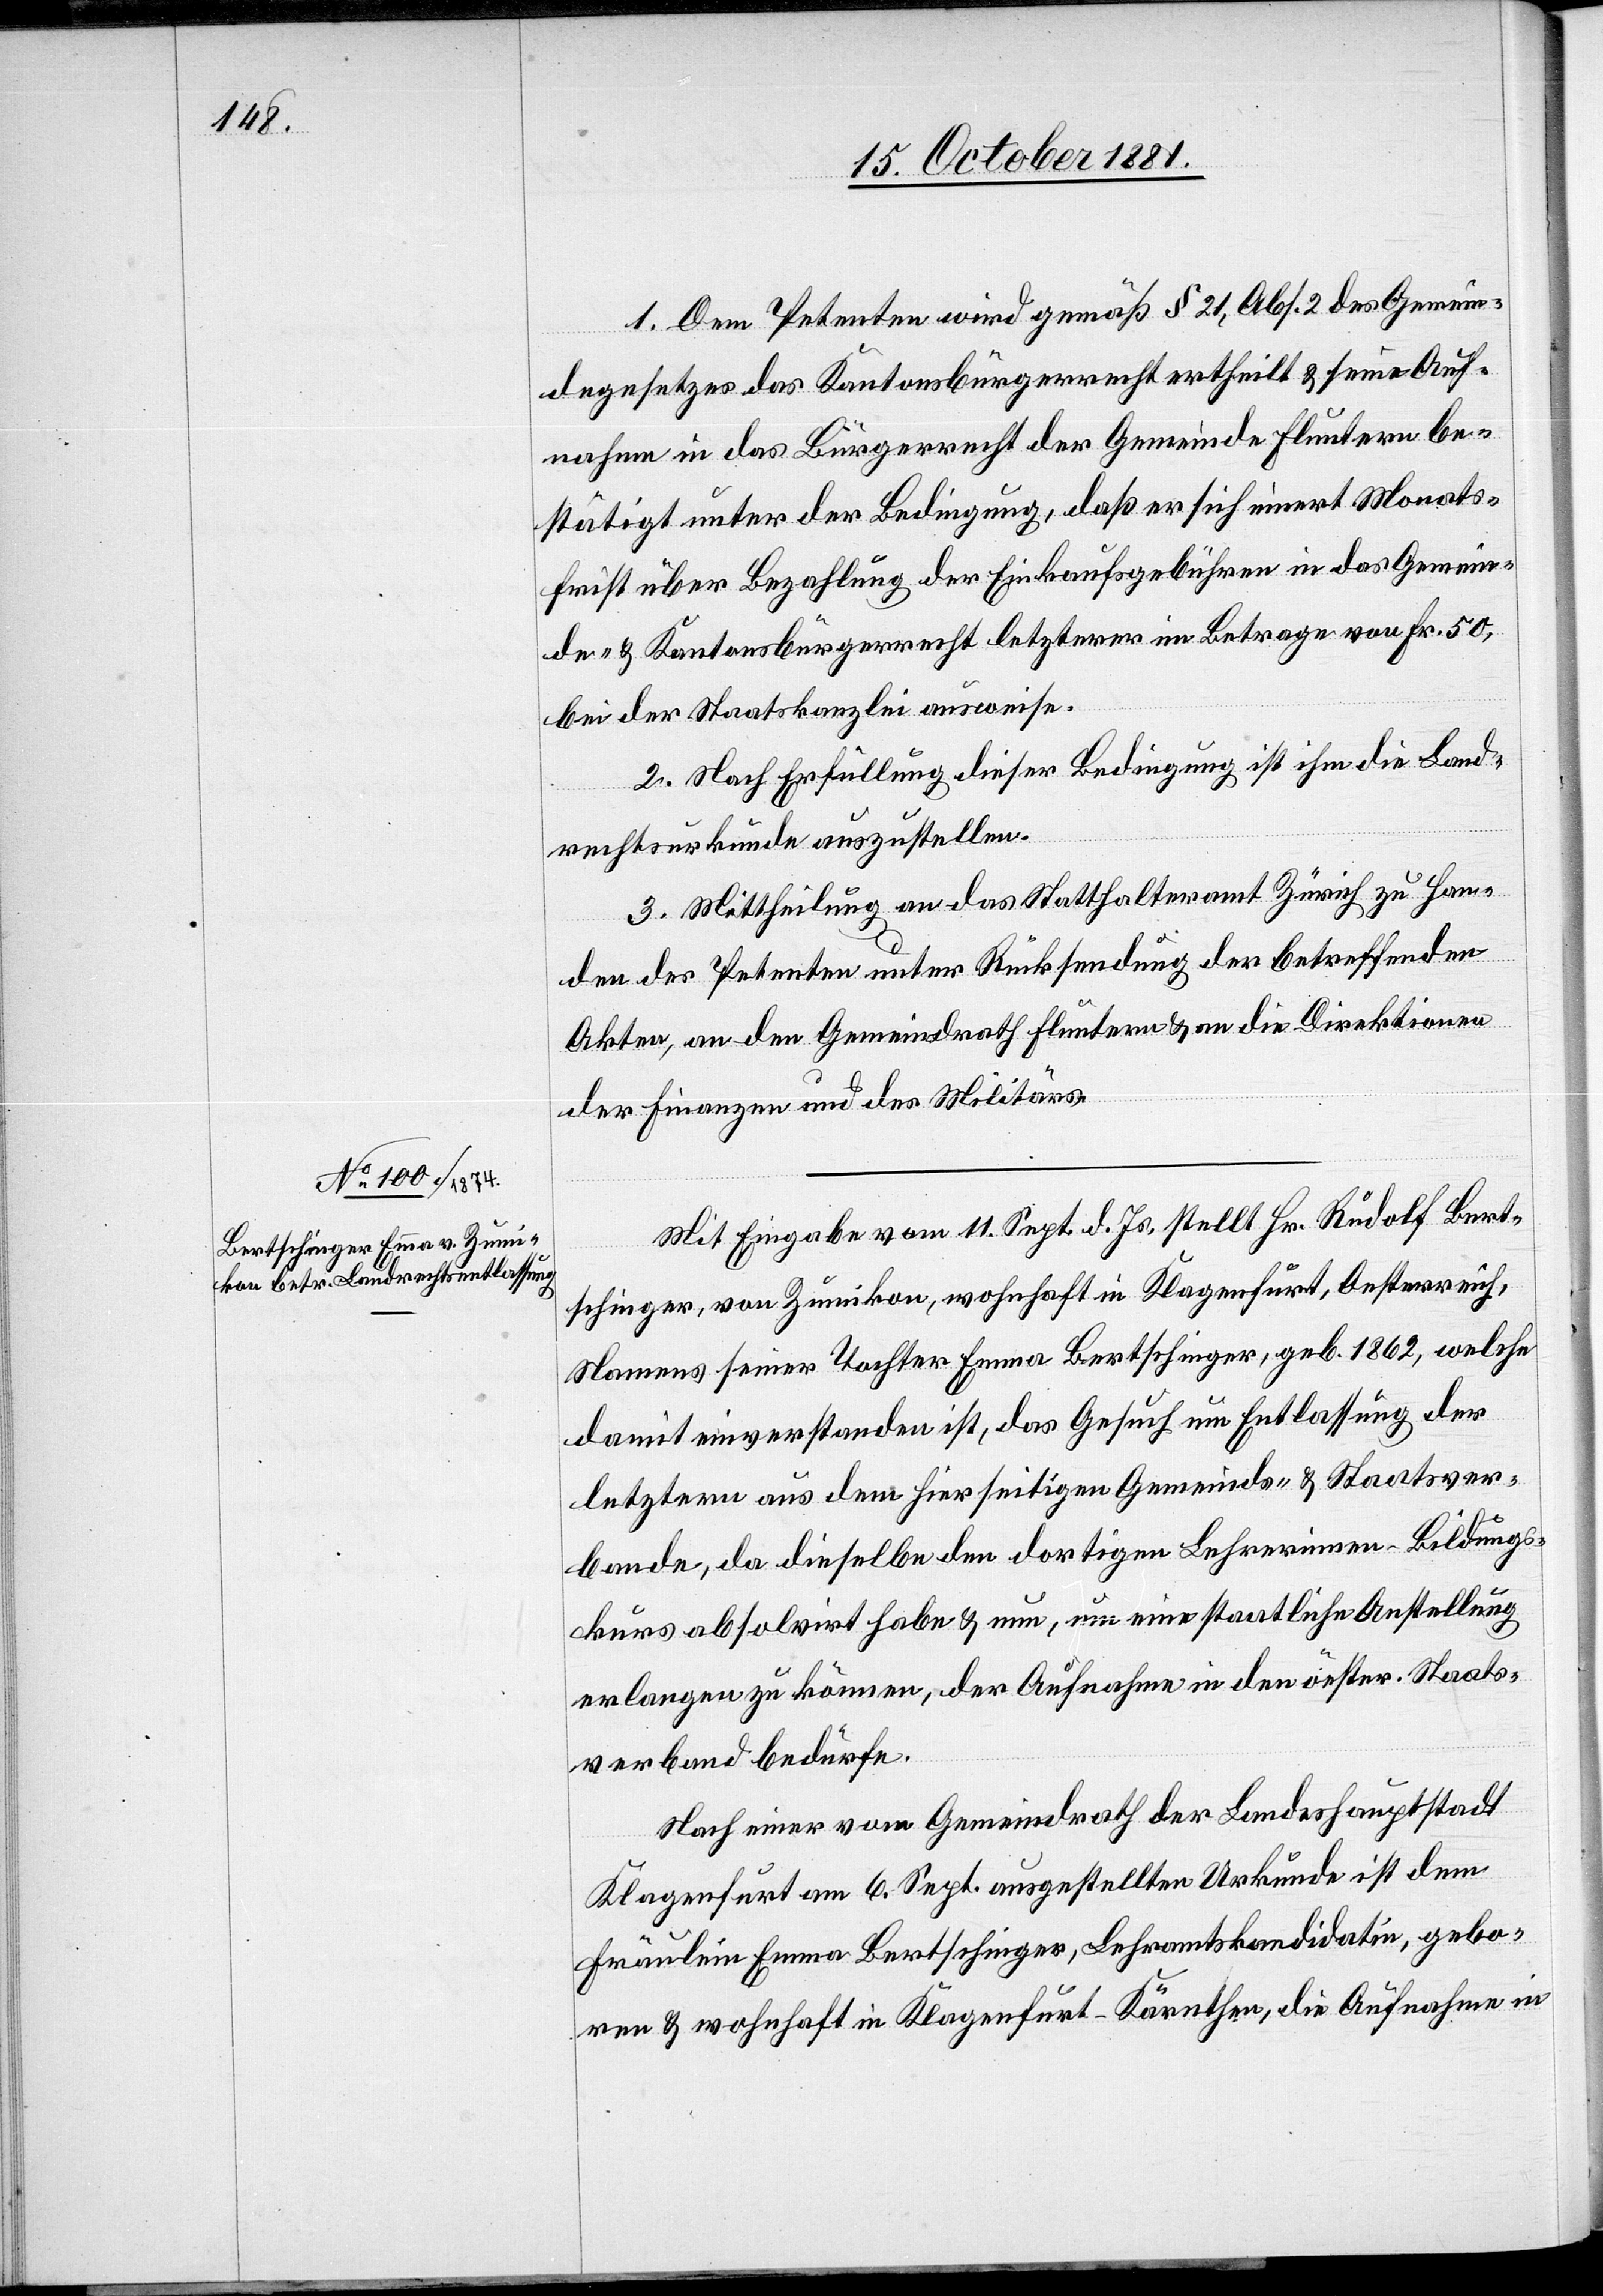
1. Dem Petenten wird gemäß § 21, Abs. 2 des Gemein¬
degesetzes das Kantonsbürgerrecht ertheilt & seine Auf¬
nahme in das Bürgerrecht der Gemeinde Fluntern be¬
stätigt unter der Bedingung, daß er sich innert Monats¬
frist über Bezahlung der Einkaufsgebühren in das Gemein¬
de- & Kantonsbürgerrecht letzterer im Betrage von Fr. 50,
bei der Staatskanzlei ausweise.
2. Nach Erfüllung dieser Bedingung ist ihm die Land¬
rechtsurkunde auszustellen.
3. Mittheilung an das Statthalteramt Zürich zu Han¬
den des Petenten unter Rücksendung der betreffenden
Akten, an den Gemeindrath Fluntern & an die Direktionen
der Finanzen und des Militärs.
Mit Eingabe vom 11. Sept. d. Js. stellt Hr. Rudolf Bert¬
schinger, von Zumikon, wohnhaft in Klagenfurt, Oesterreich,
Namens seiner Tochter Emma Bertschinger, geb. 1862, welche
damit einverstanden ist, das Gesuch um Entlassung der
letztern aus dem hierseitigen Gemeinds- & Staatsver¬
bande, da dieselbe den dortigen Lehrerinnen-Bildungs¬
kurs absolvirt habe & nun, um eine staatliche Anstellung
erlangen zu können, der Aufnahme in den öester. [sic!] Staats¬
verbund bedürfe.
Nach einer vom Gemeindrath der Bundeshauptstadt
Klagenfurt am 6. Sept. ausgestellten Urkunde ist dem
Fräulein Emma Bertschinger, Lehramtskandidatin, gebo¬
ren & wohnhaft in Klagenfurt-Kärnthen, die Aufnahme in